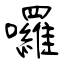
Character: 囉